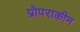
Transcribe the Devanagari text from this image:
प्रोपराकीन